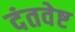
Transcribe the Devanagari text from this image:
दंतवेष्ट